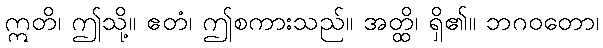
ဣတိ၊ ဤသို့။ ဧတံ၊ ဤစကားသည်။ အတ္ထိ၊ ရှိ၏။ ဘဂဝတော၊